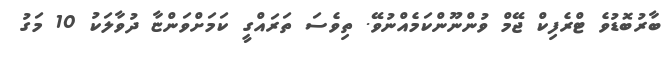
ބާރުބޮޑުވެ ޓްރެފިކް ޖޭމް ވުންނޫންކަމެއްނުވޭ. ތިވެސަ ތަރައްގީ ކަމަށްވަންޏާ ދުވާލަކު 10 މަގު